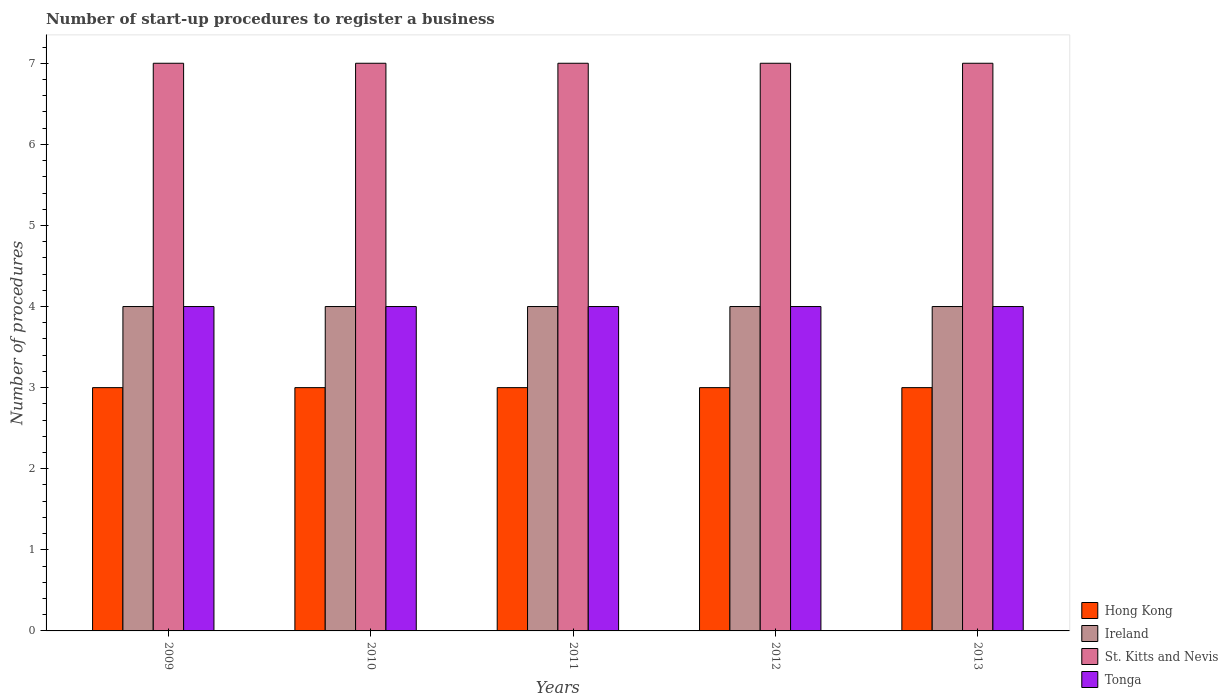
| Years | Hong Kong | Ireland | St. Kitts and Nevis | Tonga |
 | --- | --- | --- | --- | --- |
 | 2009 | 3 | 4 | 7 | 4 |
 | 2010 | 3 | 4 | 7 | 4 |
 | 2011 | 3 | 4 | 7 | 4 |
 | 2012 | 3 | 4 | 7 | 4 |
 | 2013 | 3 | 4 | 7 | 4 |